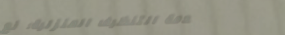
خدمة التنظيف المنزلية: نع